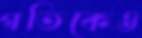
গতিকেও